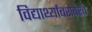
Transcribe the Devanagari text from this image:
विद्यार्थ्यांबरोबरच